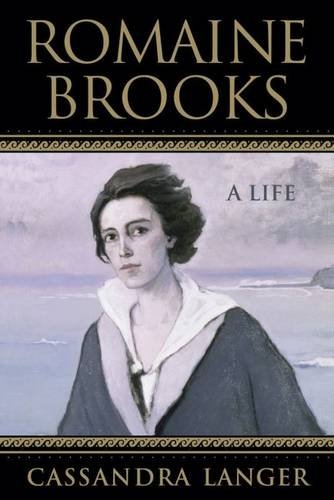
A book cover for Romaine Brooks: A Life; Cassandra Langer; Gay & Lesbian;